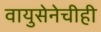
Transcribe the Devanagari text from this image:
वायुसेनेचीही